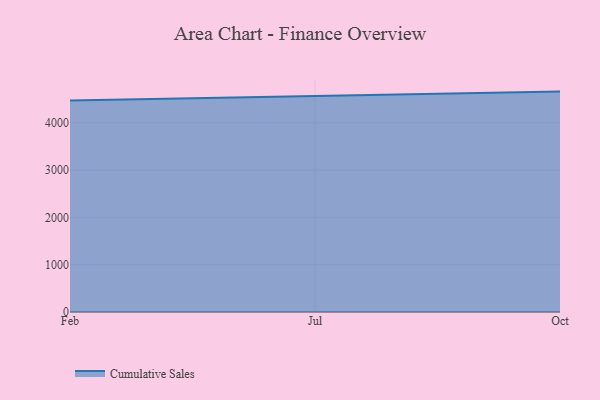
{"axis": {"x": "Month", "y": "Website Visitors"}, "legend": ["Cumulative Sales"], "data": [{"x": "Feb", "y": 4469.9, "type": "Cumulative Sales"}, {"x": "Jul", "y": 4559.9, "type": "Cumulative Sales"}, {"x": "Oct", "y": 4659.1, "type": "Cumulative Sales"}]}